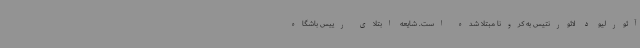
آئورلیو د لائورنتیس به کرونا مبتلا شده است. شایعه ابتلای رییس باشگاه